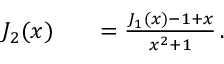
\begin{array} { r l r } { J _ { 2 } ( x ) } & { { } } & { = \frac { J _ { 1 } ( x ) - 1 + x } { x ^ { 2 } + 1 } \, . } \end{array}